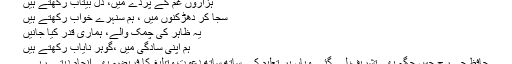
ہزاروں غم کے پردے میں، دل بیتاب رکھتے ہیں
سجا کر دھڑکنوں میں ، ہم سُنہرے خواب رکھتے ہیں
یہ ظاہر کی چَمک والے، ہماری قدر کیا جانیں
ہم اپنی سادگی میں ،گوہر نایاب رکھتے ہیں
حافظ جی رح جس جگہ بھی تشریف لے گئے وہاں پر تعلیم کے ساتھ ساتھ دعوت وتبلیغ کا فریضہ بھی انجام دیتے رہے ۔